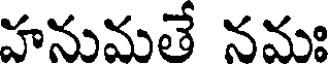
హనుమతే నమః